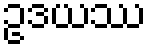
ဥဒယဿ